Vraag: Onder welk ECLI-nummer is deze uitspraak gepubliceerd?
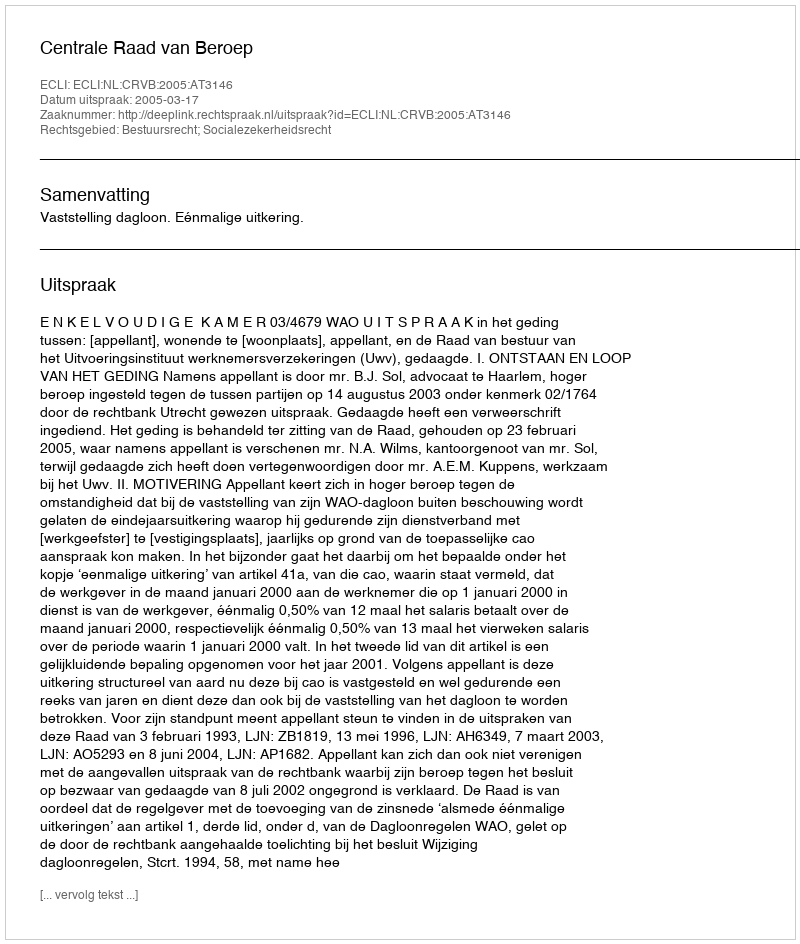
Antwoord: ECLI:NL:CRVB:2005:AT3146